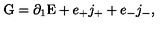
\mathrm { G } = \partial _ { 1 } \mathrm { E } + e _ { + } j _ { + } + e _ { - } j _ { - } ,